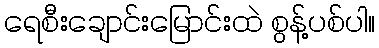
ရေစီးချောင်းမြောင်းထဲ စွန့်ပစ်ပါ။